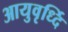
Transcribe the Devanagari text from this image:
आयुवृर्ध्दि